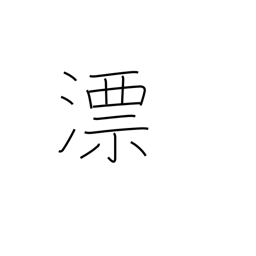
Meaning: float (on liquid)